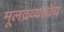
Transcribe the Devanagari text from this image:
मूलद्रव्याचेच